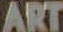
ART